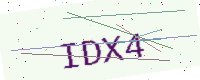
Text: IDX4